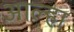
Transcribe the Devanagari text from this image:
आल्‍हा